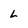
Character: L